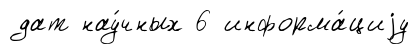
дат нау́чных 6 информа́циjу